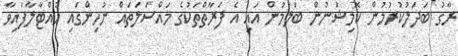
ރާގު ބަދަލުކުރުމުން ކޮމިޝަނުން ބަލަމުން އައި އެ ފަރާތްތަކުގެ މައްސަލަތައް ނުހިންގައި ހުއްޓާލާފައިވާ